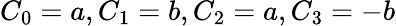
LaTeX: C_{0}=a,C_{1}=b,C_{2}=a,C_{3}=-b